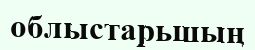
облыстарьшың